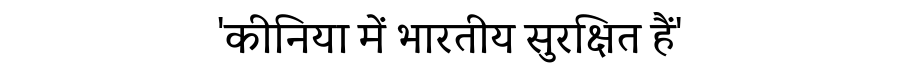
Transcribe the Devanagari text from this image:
'कीनिया में भारतीय सुरक्षित हैं'